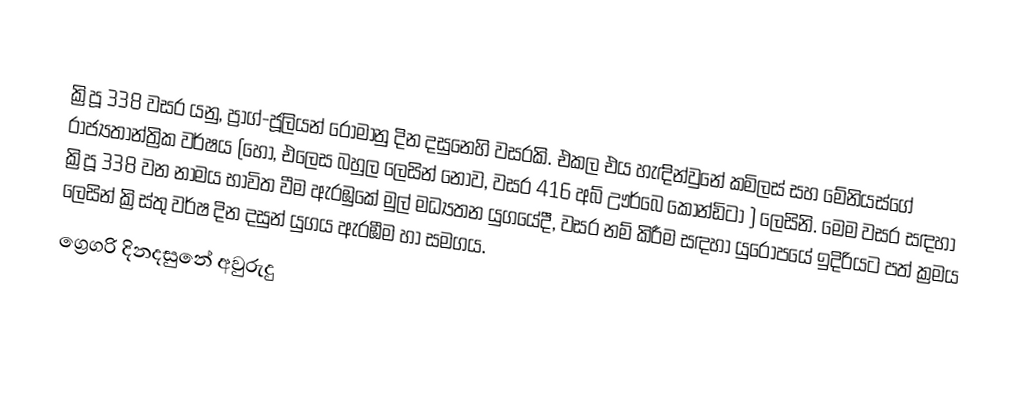

ක්‍රිපූ 338 වසර යනු, ප්‍රාග්-ජූලියන් රෝමානු දින දසුනෙහි වසරකි. එකල එය හැඳින්වුනේ කමිලස් සහ මේනියස්ගේ රාජ්‍යතාන්ත්‍රික වර්ෂය (හෝ, එලෙස බහුල ලෙසින් නොව, වසර 416 අබ් ඌර්බෙ කෝන්ඩිටා ) ලෙසිනි. මෙම වසර සඳහා ක්‍රිපූ 338 වන නාමය භාවිත වීම ඇරඹුකේ මුල් මධ්‍යතන යුගයේදී, වසර නම් කිරීම සඳහා යුරෝපයේ ඉදිරියට පත් ක්‍රමය ලෙසින් ක්‍රිස්තු වර්ෂ දින දසුන් යුගය ඇරඹීම හා සමගය.
ග්‍රෙගරි දිනදසුනේ අවුරුදු